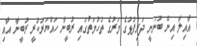
އާއިލާ އިން ބުނަނީ ދަރިފުޅުގެ މަރުގެ ތުހުމަތުގައި ރުބީނާ ހައްޔަރުކުރީ ރުބީނާ އާއި